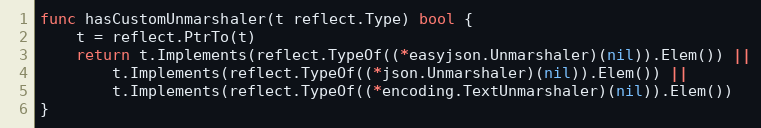
Language: Go
func hasCustomUnmarshaler(t reflect.Type) bool {
	t = reflect.PtrTo(t)
	return t.Implements(reflect.TypeOf((*easyjson.Unmarshaler)(nil)).Elem()) ||
		t.Implements(reflect.TypeOf((*json.Unmarshaler)(nil)).Elem()) ||
		t.Implements(reflect.TypeOf((*encoding.TextUnmarshaler)(nil)).Elem())
}